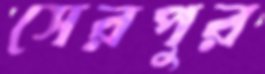
সেরপুর